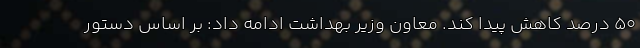
۵۰ درصد کاهش پیدا کند. معاون وزیر بهداشت ادامه داد: بر اساس دستور